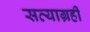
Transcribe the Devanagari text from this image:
सत्याग्रहीं